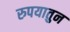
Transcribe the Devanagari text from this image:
रुपयातुन